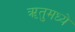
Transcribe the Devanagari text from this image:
ॠतुमध्ये